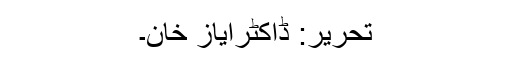
تحریر: ڈاکٹرایاز خان۔